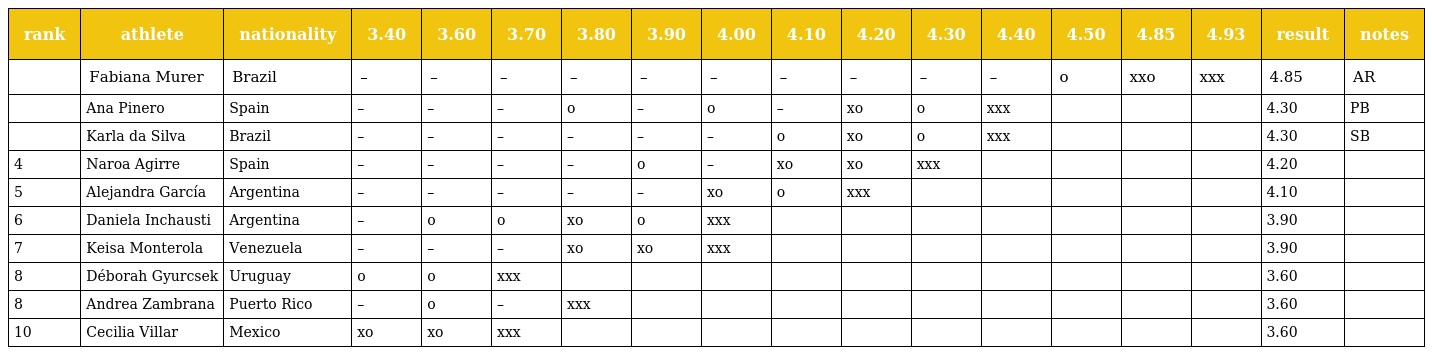
| rank | athlete | nationality | 3.40 | 3.60 | 3.70 | 3.80 | 3.90 | 4.00 | 4.10 | 4.20 | 4.30 | 4.40 | 4.50 | 4.85 | 4.93 | result | notes |
 | --- | --- | --- | --- | --- | --- | --- | --- | --- | --- | --- | --- | --- | --- | --- | --- | --- | --- |
 |  | Fabiana Murer | Brazil | – | – | – | – | – | – | – | – | – | – | o | xxo | xxx | 4.85 | AR |
 |  | Ana Pinero | Spain | – | – | – | o | – | o | – | xo | o | xxx |  |  |  | 4.30 | PB |
 |  | Karla da Silva | Brazil | – | – | – | – | – | – | o | xo | o | xxx |  |  |  | 4.30 | SB |
 | 4 | Naroa Agirre | Spain | – | – | – | – | o | – | xo | xo | xxx |  |  |  |  | 4.20 |  |
 | 5 | Alejandra García | Argentina | – | – | – | – | – | xo | o | xxx |  |  |  |  |  | 4.10 |  |
 | 6 | Daniela Inchausti | Argentina | – | o | o | xo | o | xxx |  |  |  |  |  |  |  | 3.90 |  |
 | 7 | Keisa Monterola | Venezuela | – | – | – | xo | xo | xxx |  |  |  |  |  |  |  | 3.90 |  |
 | 8 | Déborah Gyurcsek | Uruguay | o | o | xxx |  |  |  |  |  |  |  |  |  |  | 3.60 |  |
 | 8 | Andrea Zambrana | Puerto Rico | – | o | – | xxx |  |  |  |  |  |  |  |  |  | 3.60 |  |
 | 10 | Cecilia Villar | Mexico | xo | xo | xxx |  |  |  |  |  |  |  |  |  |  | 3.60 |  |